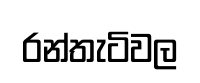
රන්තැටිවල